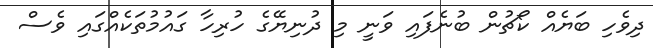
ދިވެހި ބަޔެއް ކޯޗުން ބުނެފައި ވަނީ މި ދުނިޔޭގެ ހުރިހާ ގައުމުތަކެއްގައި ވެސް